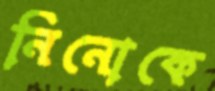
নিনোকে